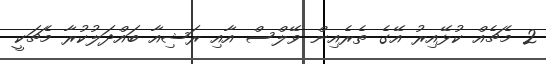
2 މެޗެއް ކުޅޭއިރު އޭގެ ތެރެއިން ވޭލްސް އާއި ރަޝިއާ ބައްދަލުކުރާ މެޗަކީ